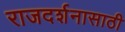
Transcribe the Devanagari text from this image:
राजदर्शनासाठी